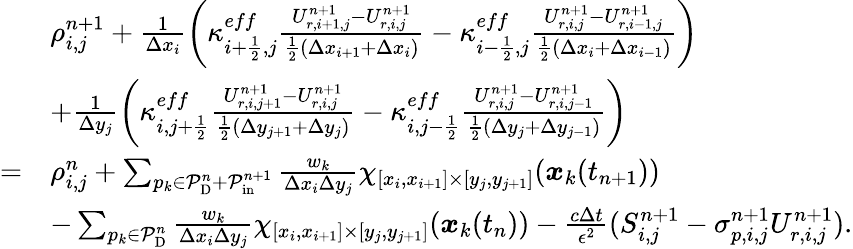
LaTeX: \begin{array}{rl}&{\rho_{i,j}^{n+1}+\frac{1}{\Delta x_{i}}\left(\kappa_{i+\frac 12,j}^{eff}\frac{U_{r,i+1,j}^{n+1}-U_{r,i,j}^{n+1}}{\frac 12(\Delta x_{i+1}+\Delta x_{i})}-\kappa_{i-\frac 12,j}^{eff}\frac{U_{r,i,j}^{n+1}-U_{r,i-1,j}^{n+1}}{\frac 12(\Delta x_{i}+\Delta x_{i-1})}\right)}\\ &{+\frac{1}{\Delta y_{j}}\left(\kappa_{i,j+\frac 12}^{eff}\frac{U_{r,i,j+1}^{n+1}-U_{r,i,j}^{n+1}}{\frac 12(\Delta y_{j+1}+\Delta y_{j})}-\kappa_{i,j-\frac 12}^{eff}\frac{U_{r,i,j}^{n+1}-U_{r,i,j-1}^{n+1}}{\frac 12(\Delta y_{j}+\Delta y_{j-1})}\right)}\\ {=}&{\rho_{i,j}^{n}+\sum_{p_{k}\in\mathcal{P}_{\mathrm{D}}^{n}+\mathcal{P}_{\mathrm{in}}^{n+1}}\frac{w_{k}}{\Delta x_{i}\Delta y_{j}}\chi_{[x_{i},x_{i+1}]\times[y_{j},y_{j+1}]}(\boldsymbol{x}_{k}(t_{n+1}))}\\ &{-\sum_{p_{k}\in\mathcal{P}_{\mathrm{D}}^{n}}\frac{w_{k}}{\Delta x_{i}\Delta y_{j}}\chi_{[x_{i},x_{i+1}]\times[y_{j},y_{j+1}]}(\boldsymbol{x}_{k}(t_{n}))-\frac{c\Delta t}{\epsilon^{2}}(S_{i,j}^{n+1}-\sigma_{p,i,j}^{n+1}U_{r,i,j}^{n+1}).}\end{array}